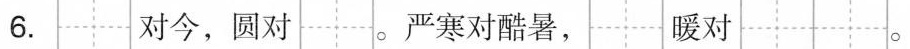
6. 对今，圆对 。严寒对酷暑， 暖对 。